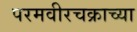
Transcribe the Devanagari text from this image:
परमवीरचक्राच्या